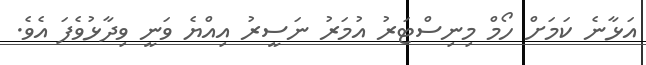
އަޅާނެ ކަމަށް ހޯމް މިނިސްޓަރު އުމަރު ނަސީރު އިއްޔެ ވަނީ ވިދާޅުވެފަ އެވެ.